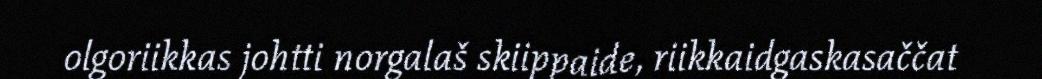
olgoriikkas johtti norgalaš skiippaide, riikkaidgaskasaččat